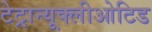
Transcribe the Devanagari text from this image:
टेट्रान्यूक्लीओटिड